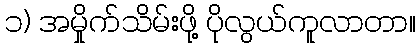
၁) အမှိုက်သိမ်းဖို့ ပိုလွယ်ကူလာတာ။